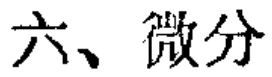
六、微分